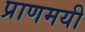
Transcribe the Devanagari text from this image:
प्राणमयी